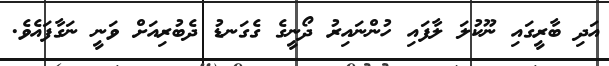
އަދި ބާރީގައި ނޫކުލަ ލާފައި ހުންނައިރު ދޯނީގެ ގެގަނޑު ދެބުރިއަށް ވަނީ ނަގާފައެވެ.